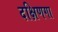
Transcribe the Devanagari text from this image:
दक्षिणगा